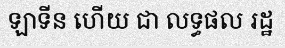
ឡាទីន ហើយ ជា លទ្ធផល រដ្ឋ